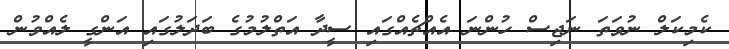
ކެމިކަލް ނުވަތަ ނަޖިސް ހުންނަ އެއްޗެއްގައި ސީދާ އަތްލުމުގެ ބަދަލުގައި އަންގީ ލެއްވުން